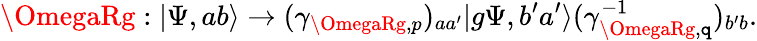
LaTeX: \OmegaRg:|\Psi,ab\rangle\to(\gamma_{\OmegaRg,p})_{aa^{\prime}}|g\Psi,b^{\prime}a^{\prime}\rangle(\gamma_{\OmegaRg,\mathtt{q}}^{-1})_{b^{\prime}b}.